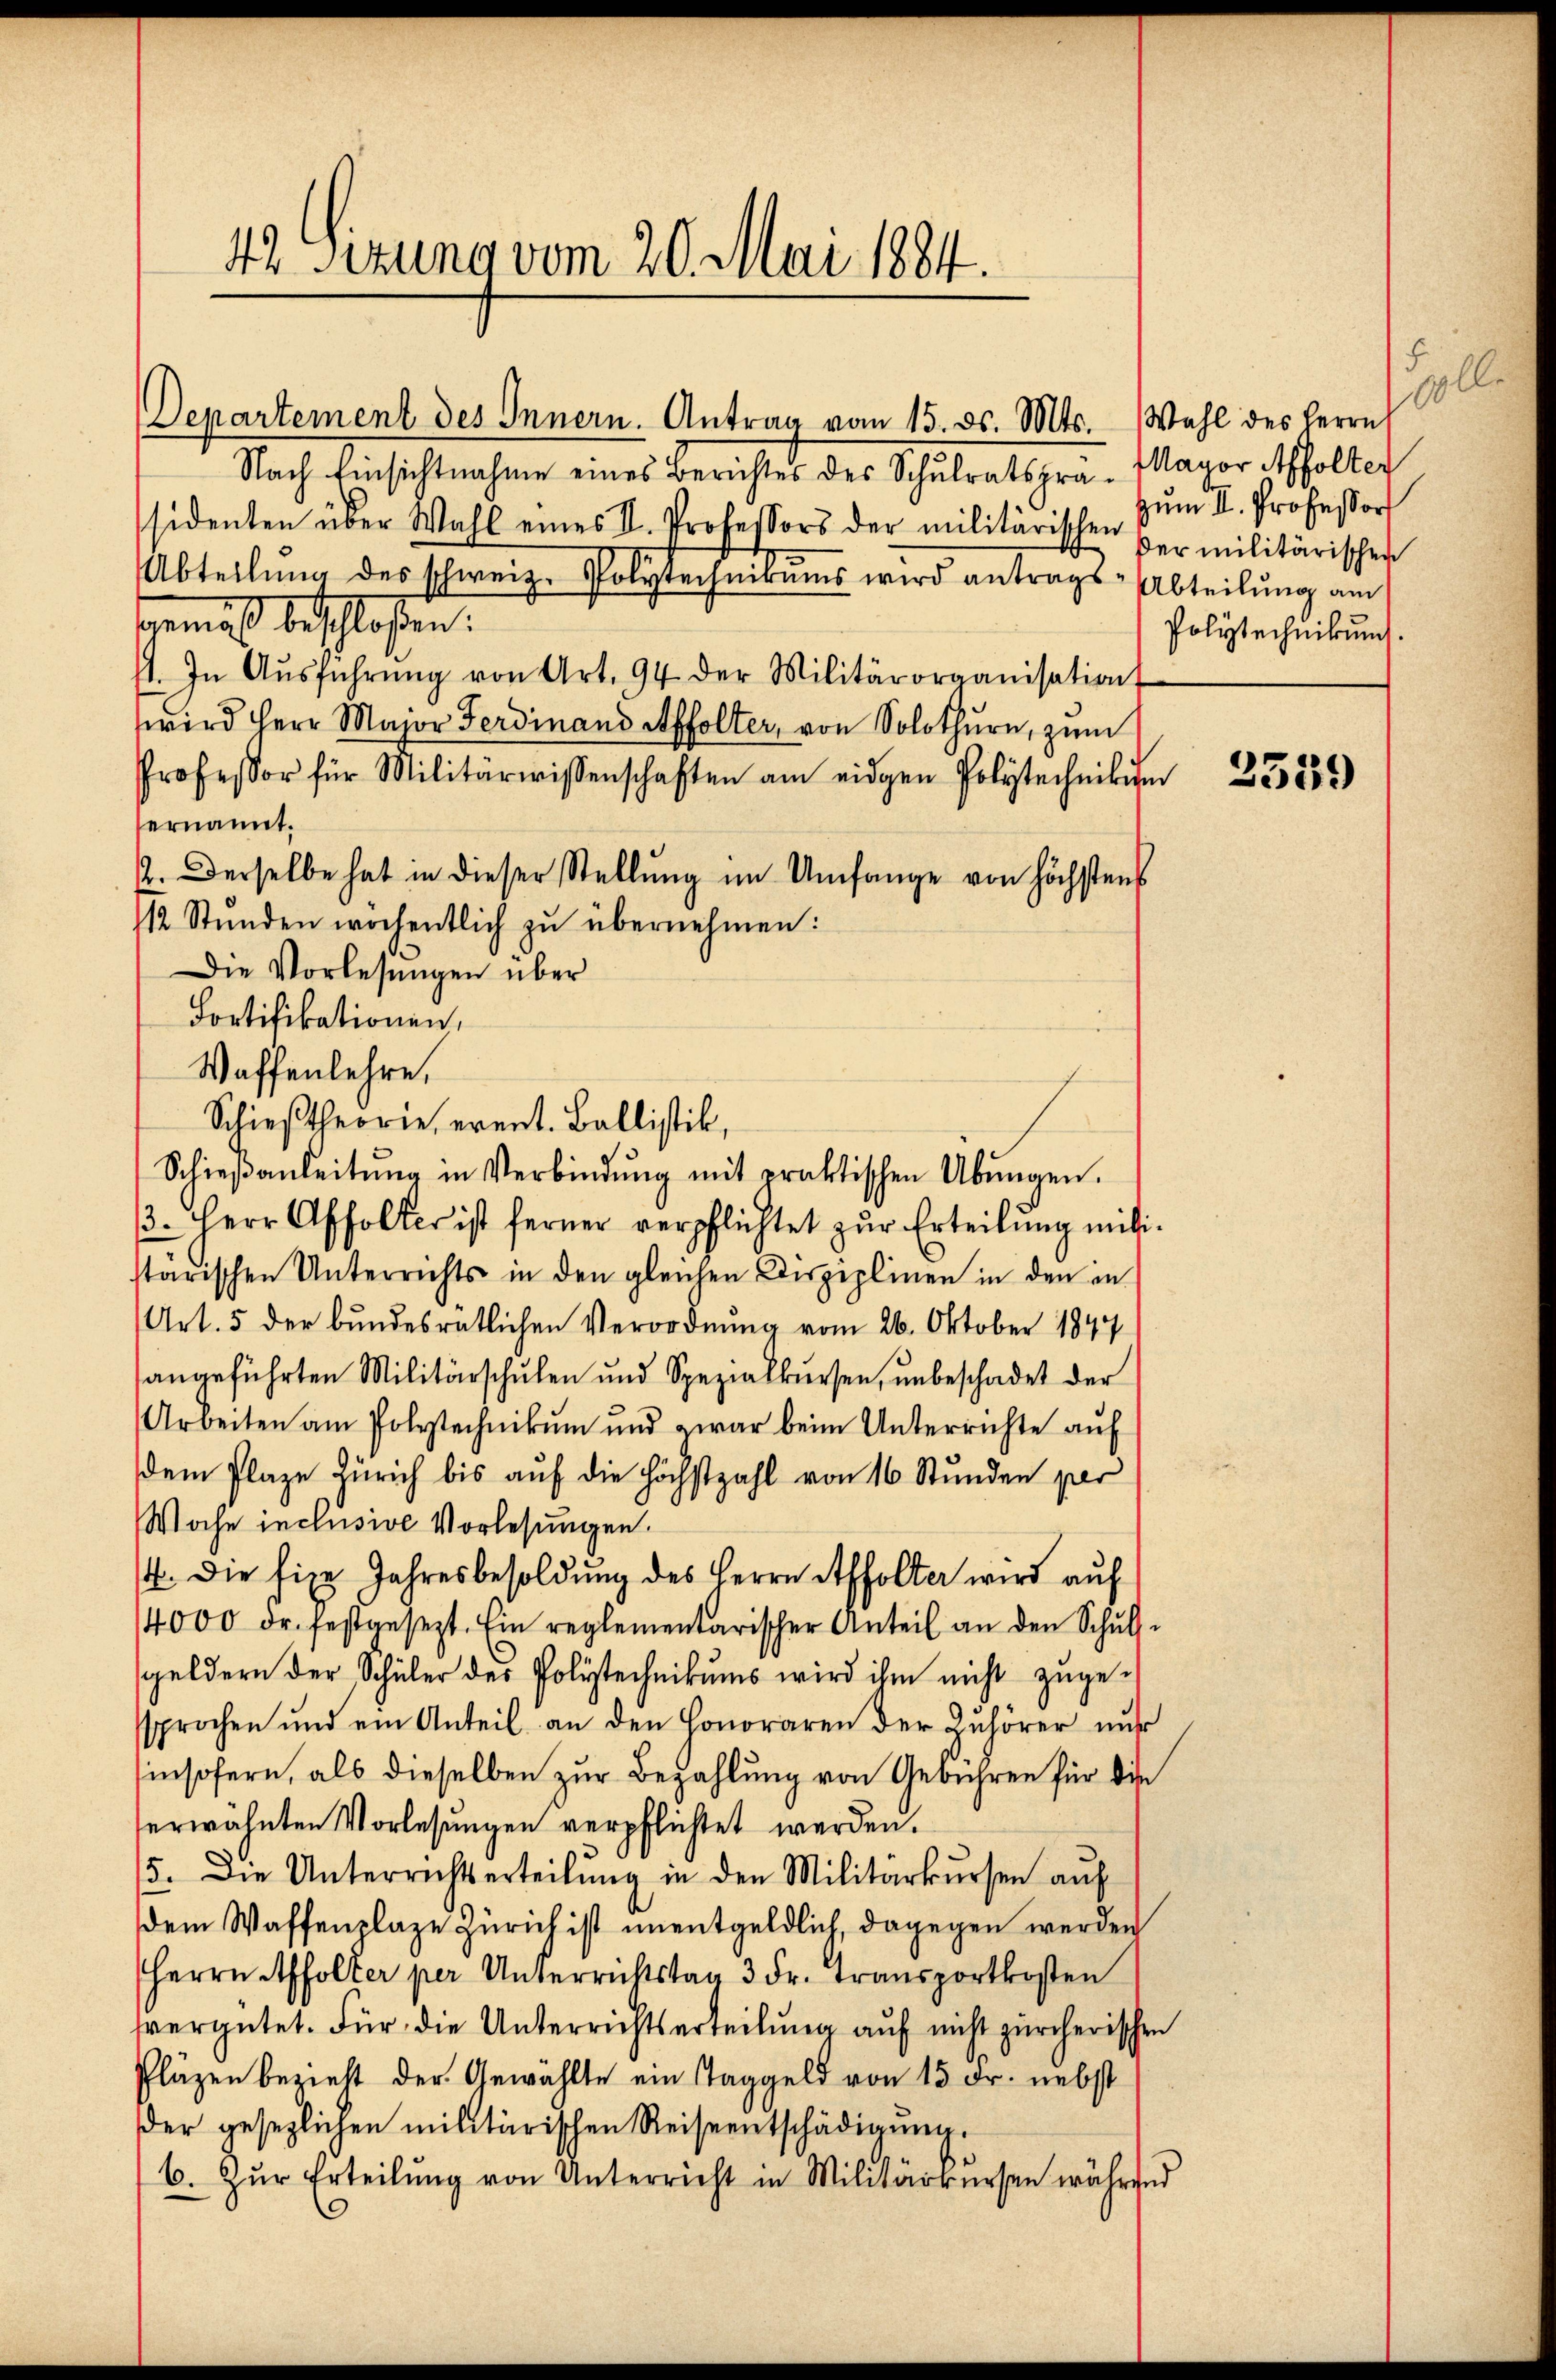
42 Sizung vom 20. Mai 1884.

Departement des Innern. Antrag vom 15. ds. Mts. Wahl des Herrn
Nach Einsichtnahme eines Berichtes des Schulratspra-Magor Affolter
ssidenten über Wahl eines II. Professors der militärischen
Abteilung des schweiz. Polytechnikums wird antrags-Abteilung am
gemäß beschloßen:
11. In Aŭsführŭng von Art. 94 der Militärorganisation
wird Herr Major Ferdinand Affolter, von Solothurn, zum
Professor für Militärwissenschaften am eidgen Polytechnition
ernannt.
2. Derselbe hat in dieser Stellŭng im Umfange von höchstens
12 Stŭnden wochentlich zŭ übernehmen:
Die Vorlesungen über
Fortifikationen,
Waffenlehre,
Schieβtheorie, event. Ballistik,
Schieβanleitŭng in Verbindŭng mit praktischen Übungen.
3. Herr Affolter ist ferner verpflichtet zŭr Erteilŭng mitistärischen Unterrichts in den gleichen Disziplinen in den in
Art. 5 der bundesrätlichen Verordnung vom 26. Oktober 1847
sangeführten Militärschŭlen und Spezialkŭrsen, ŭnbeschadet der
Arbeiten am Polstechnikum und zwar beim Unterrichte auf
dem Plaze Zürich bis aŭf die höchstzahl von 16 Stunden per
Woche inclusive Vorlesungen.
. Die fixe Jahresbesoldung des Herrn Affolter wird auf
4000 Fr. festgesezt. Ein reglementarischer Anteil an den Schulsgeldern der Schüler des Polytechnikums wird ihm nicht zugesprochen und ein Anteil an den Honoraren der Zuhörer nur
insofern, als dieselben zur Bezahlung von Gebühren für die
serwähnten Vorlesungen verpflichtet werden.
5. Die Unterrichtserteilŭng in den Militärkŭrsen aŭf
dem Waffenplaze Zürich ist unentgeldlich, dagegen werden
Herrn Affolter per Unterrichtstag 3 Fr. Transportkosten
vergütet. Für die Unterrichtserteilung auf nicht zürcherischen
Pläzen bezieht der Gewählte ein Taggeld von 15 Fr. nebst
der gesezlichen militärischen Reiseentschädigŭng.
6. Zŭr Erteilŭng von Unterricht in Militärkursen während

.
000
zum 1. Professor
der militärischen
Polytechnikum.

2559